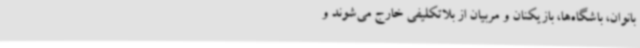
بانوان، باشگاه‌ها، بازیکنان و مربیان از بلاتکلیفی خارج ‌می‌شوند و